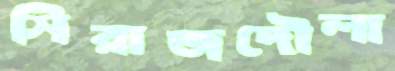
সিরাজদৌলা